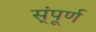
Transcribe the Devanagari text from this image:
स्ंपूर्ण